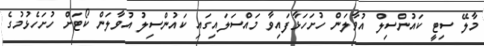
މާލޭ ސިޓީ ކައުންސިލް އުވާލަން ހުށަހަޅާފައިވާ މައްސަލައިގައި ކައުންސިލު އުވާލަން ކޯޓަށް ހުށަހެޅުމުގެ